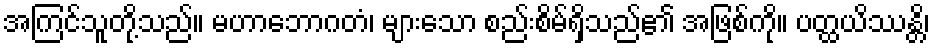
အကြင်သူတို့သည်။ မဟာဘောဂတံ၊ များသော စည်းစိမ်ရှိသည်၏ အဖြစ်ကို။ ပတ္ထယိဿန္တိ၊